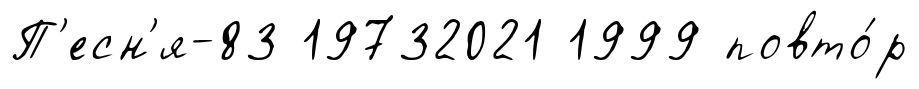
П'есн'я-83 19732021 1999 повто́р